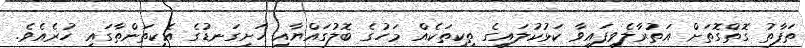
ތަފާތު ގޮތްގޮތަށް އަތުރާލެވިފައިވާ ކަޅުކުލައިގެ ތިކިތަކެއް މަހުގެ ބޮލުގައްޔާއި ހަށިގަނޑުގެ އެކިތަންތާގައި ހުރެއެވެ.